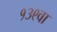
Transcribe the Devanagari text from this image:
१३९वा